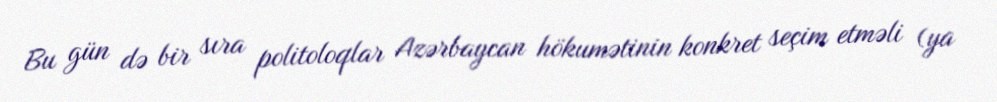
Bu gün də bir sıra politoloqlar Azərbaycan hökumətinin konkret seçim etməli (ya